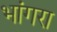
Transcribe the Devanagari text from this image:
भांगरा